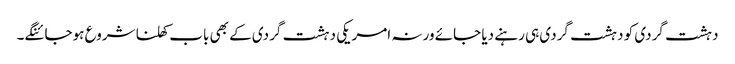
دہشت گردی کو دہشت گردی ہی رہنے دیا جائے ورنہ امریکی دہشت گردی کے بھی باب کھلنا شروع ہوجائنگے۔